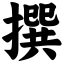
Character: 撰